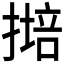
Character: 𱠩